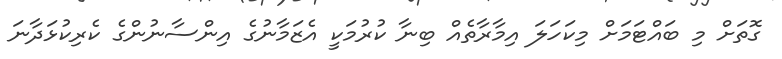
ގޮތަށް މި ބައްޓަމަށް މިކަހަލަ އިމާރާތެއް ބިނާ ކުރުމަކީ އެޒަމާނުގެ އިންސާނުންގެ ކެރިކުޅަދާނަ